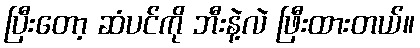
ပြီးတော့ ဆံပင်ကို ဘီးနဲ့လဲ ဖြီးထားတယ်။